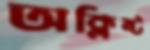
অক্লিষ্ট